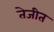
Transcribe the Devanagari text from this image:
तेजीत